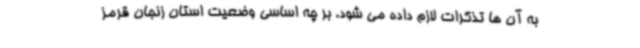
به آن ها تذکرات لازم داده می شود. بر چه اساسی وضعیت استان زنجان قرمز